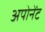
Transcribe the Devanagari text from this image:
अपोनेंट